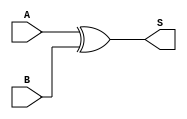
module xor_gate (
    input wire A,  // 1-bit input A
    input wire B,  // 1-bit input B
    output wire S  // 1-bit output S (Sum)
);
    assign S = A ^ B;  // XOR operation
endmodule